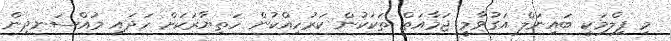
މި ފިލްމަކީ ބައިނަލް އަގުވާމީ ޖަމާއަތް ތަކަކުން ކަރުހިއްކުން ހަތިޔާރަކަށް ހަދައި މުއްސަނދިން